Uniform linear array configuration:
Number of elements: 48
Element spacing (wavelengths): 0.5
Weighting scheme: kaiser
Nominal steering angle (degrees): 45
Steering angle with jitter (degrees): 45.605
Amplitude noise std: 0.05
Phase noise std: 0.05

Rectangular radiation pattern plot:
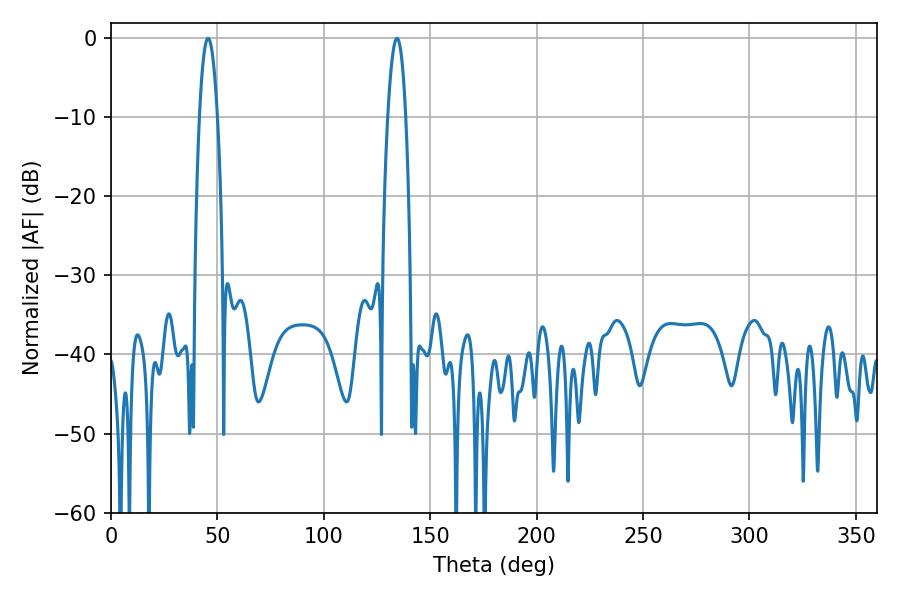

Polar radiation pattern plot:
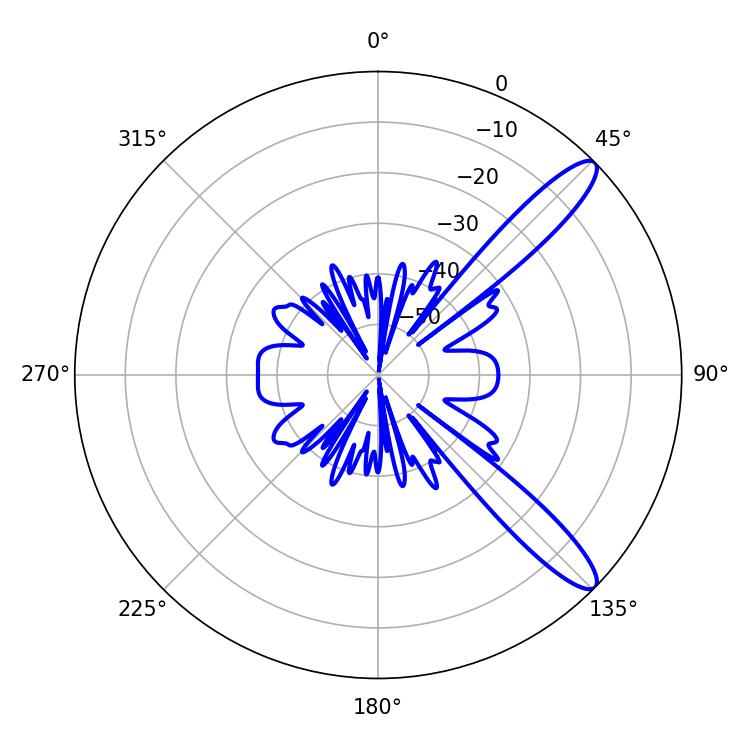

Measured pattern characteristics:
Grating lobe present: FALSE
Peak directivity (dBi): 12.004
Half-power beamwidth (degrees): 4.68
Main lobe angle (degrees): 45.54